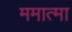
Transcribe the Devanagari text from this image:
ममात्मा